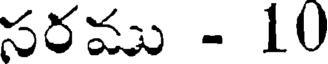
సరము - 10